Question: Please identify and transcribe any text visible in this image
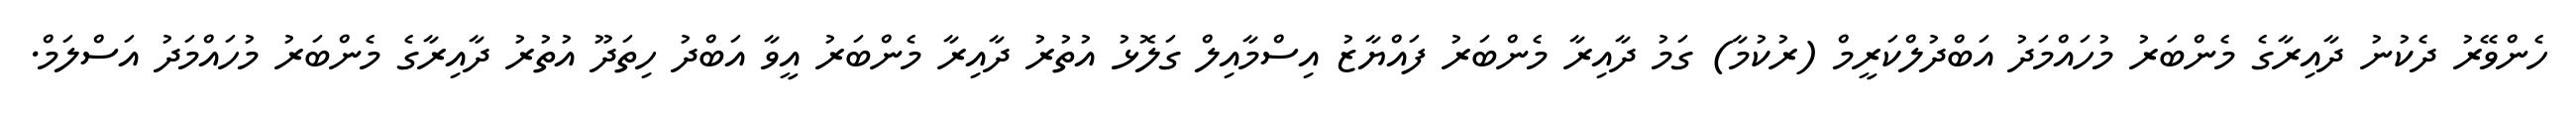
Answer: ހެންވޭރު ދެކުނު ދާއިރާގެ މެންބަރު މުހައްމަދު އަބްދުލްކަރީމް (ރުކުމާ) ގަމު ދާއިރާ މެންބަރު ފައްޔާޒު އިސްމާއިލް ގަލޮޅު އުތުރު ދާއިރާ މެންބަރު އީވާ އަބްދު ހިތަދޫ އުތުރު ދާއިރާގެ މެންބަރު މުހައްމަދު އަސްލަމް.